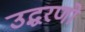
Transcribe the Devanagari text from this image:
उद्धरणो